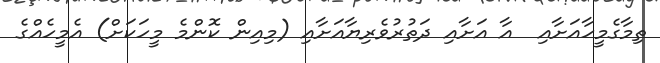
ތިމާގެމީހާއަށާއި  އާ އަށާއި ދަތުރުވެރިޔާއަށާއި (މިއިން ކޮންމެ މީހަކަށް) އެމީހެއްގެ